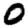
Digit: 0